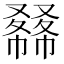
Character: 𠮇